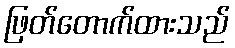
ဖြတ်တောက်ထားသည်